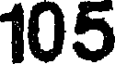
105